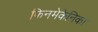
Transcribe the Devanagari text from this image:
फिनमेकेनिका